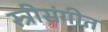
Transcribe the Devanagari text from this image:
स्त्रीसंगीत